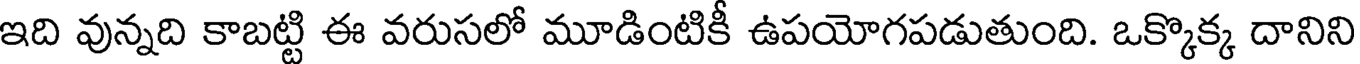
ఇది వున్నది కాబట్టి ఈ వరుసలో మూడింటికీ ఉపయోగపడుతుంది. ఒక్కొక్క దానిని